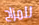
للمزاح